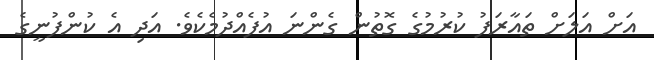
އަށް އަލަށް ތައާރަފު ކުރުމުގެ ގޮތުން ގެންނަ އުފެއްދުމެކެވެ. އަދި އެ ކުންފުނީގެ